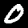
Label: 0